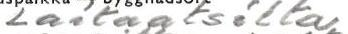
Laitaatsilta